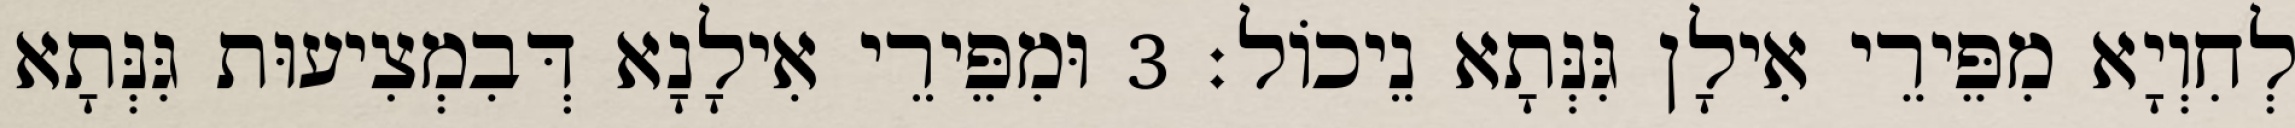
לְחִוְיָא מִפֵּירֵי אִילָן גִּנְּתָא נֵיכוֹל׃ 3 וּמִפֵּירֵי אִילָנָא דְּבִמְצִיעוּת גִּנְּתָא